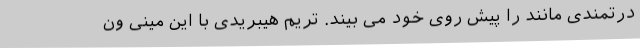
درتمندی مانند را پیش روی خود می بیند. تریم هیبریدی با این مینی ون